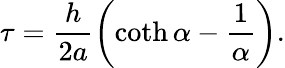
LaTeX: \tau=\frac{h}{2a}\left(\coth\alpha-\frac{1}{\alpha}\right).